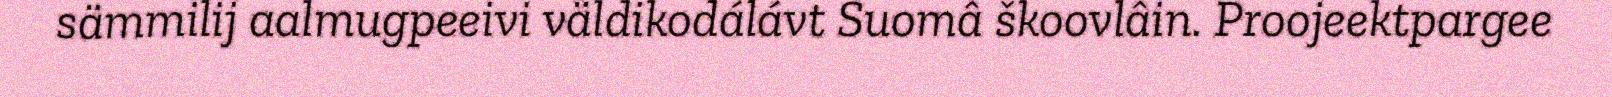
sämmilij aalmugpeeivi väldikodálávt Suomâ škoovlâin. Proojeektpargee